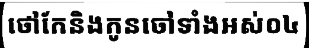
ថៅកែនិងកូនចៅទាំងអស់០៤